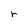
Character: r